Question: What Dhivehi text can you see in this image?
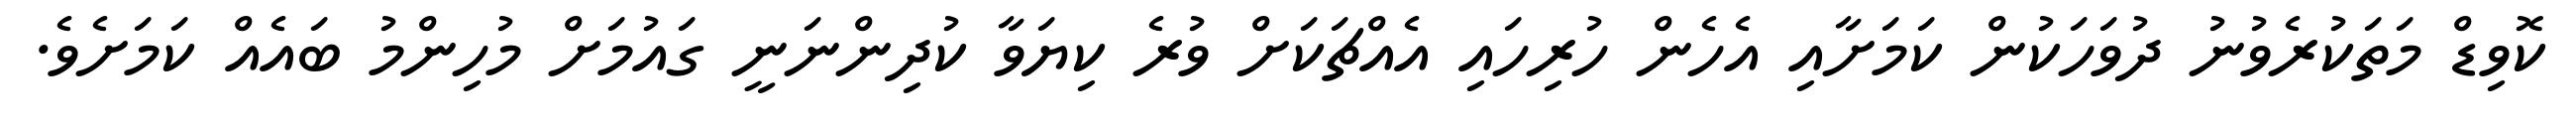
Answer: ކޮވިޑް މަތަކުރެވުނު ދުވަހަކުން ކަމަށާއި އެހެން ހުރިހައި އެއްޗަކަށް ވުރެ ކިޔަވާ ކުދިންނަނީ ގައުމަށް މުހިންމު ބައެއް ކަމަށެވެ.